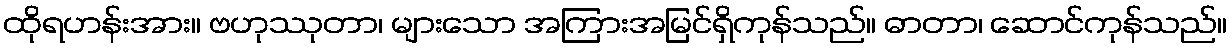
ထိုရဟန်းအား။ ဗဟုဿုတာ၊ များသော အကြားအမြင်ရှိကုန်သည်။ ဓာတာ၊ ဆောင်ကုန်သည်။